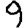
Digit: 9